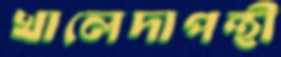
খালেদাপন্থী